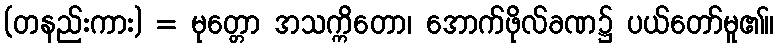
(တနည်းကား) = မုတ္တော အသက္ကိတော၊ အောက်ဖိုလ်ခဏ၌ ပယ်တော်မူ၏။